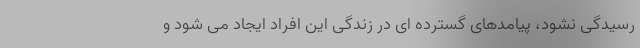
رسیدگی نشود، پیامدهای گسترده ای در زندگی این افراد ایجاد می شود و